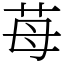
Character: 苺